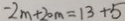
- 2 m + 2 0 m = 1 3 + 5